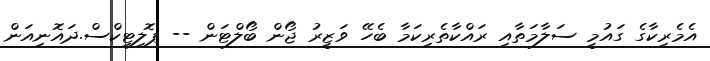
އެމެރިކާގެ ގައުމީ ސަލާމަތާއި ރައްކާތެރިކަމާ ބެހޭ ވަޒީރު ޖޯން ބޯލްޓަން -- ޕޮލިޓިކްސް.ދައޮނިއަން